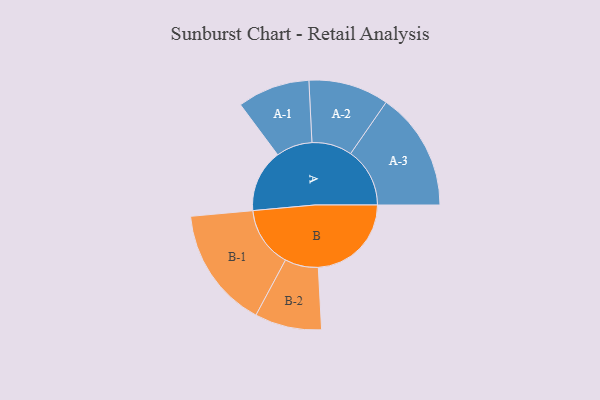
{"axis": {"x": "Segment", "y": "Value"}, "legend": ["", "A", "B"], "data": [{"x": "A", "y": 270, "type": ""}, {"x": "B", "y": 401, "type": ""}, {"x": "A-1", "y": 156, "type": "A"}, {"x": "A-2", "y": 173, "type": "A"}, {"x": "A-3", "y": 255, "type": "A"}, {"x": "B-1", "y": 261, "type": "B"}, {"x": "B-2", "y": 144, "type": "B"}]}